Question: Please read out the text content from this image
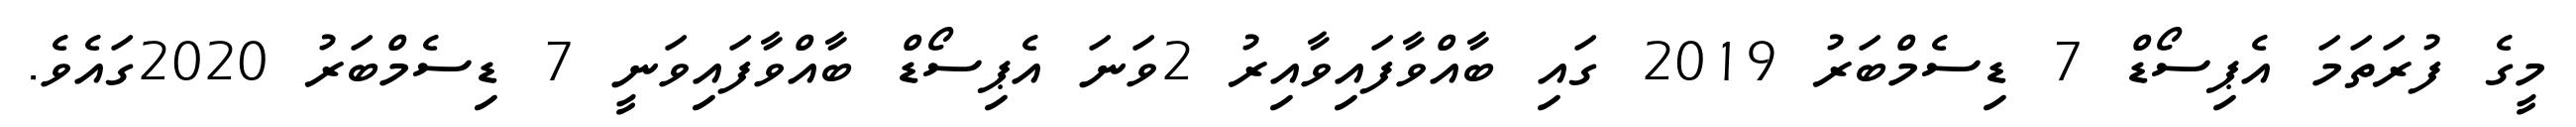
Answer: މީގެ ފުރަތަމަ އެޕިސޯޑް 7 ޑިސެމްބަރު 2019 ގައި ބާއްވާފައިވާއިރު 2ވަނަ އެޕިސޯޑް ބާއްވާފައިވަނީ 7 ޑިސެމްބަރު 2020ގައެވެ.